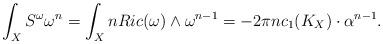
LaTeX: \begin{align*}\int_{X}S^\omega\omega^n=\int_XnRic(\omega)\wedge\omega^{n-1}=-2\pi nc_1(K_X)\cdot\alpha^{n-1}.\end{align*}